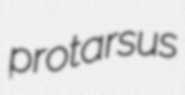
protarsus